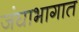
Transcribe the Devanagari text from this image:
जंघाभागात